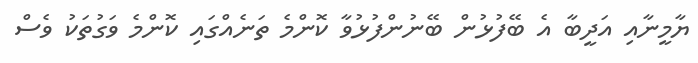
ޔާމީނާއި އަދީބާ އެ ބޭފުޅުން ބޭނުންފުޅުވާ ކޮންމެ ތަނެއްގައި ކޮންމެ ވަގުތަކު ވެސް